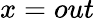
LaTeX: x=out